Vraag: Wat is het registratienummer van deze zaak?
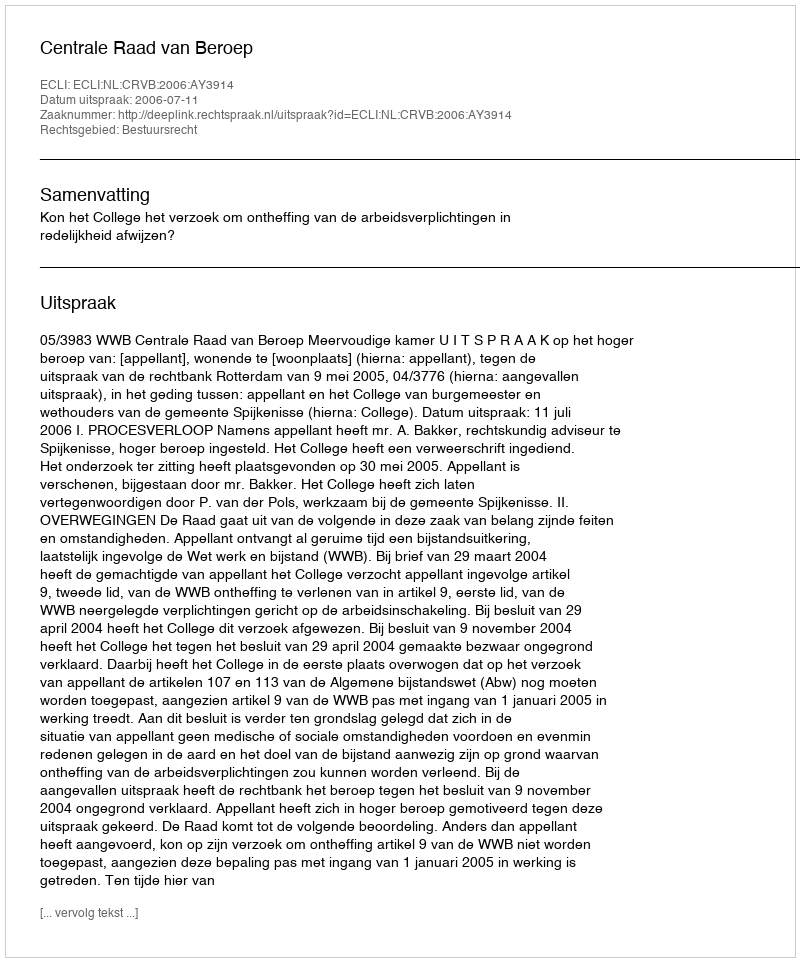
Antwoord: http://deeplink.rechtspraak.nl/uitspraak?id=ECLI:NL:CRVB:2006:AY3914